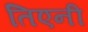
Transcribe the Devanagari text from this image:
तिएनी